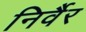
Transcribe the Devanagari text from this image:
निर्वैर